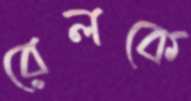
রেলকে